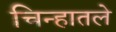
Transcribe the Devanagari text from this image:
चिन्हातले